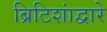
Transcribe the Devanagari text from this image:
ब्रिटिशांद्वारे